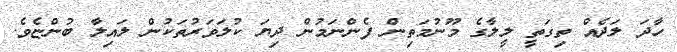
ހާދަ ލަދެއް ތިގަތީ ލީލާގެ މޫނުމަތިން ފެންނަމުން ދިޔަ ކުލަވަރުތަކުން ލައިލާ ބުންޏެވެ.